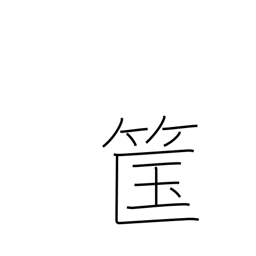
Meaning: bamboo basket